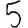
Digit: 5